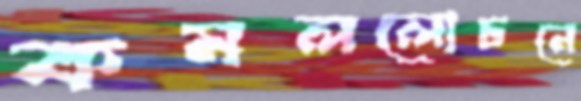
কমললোচনে